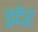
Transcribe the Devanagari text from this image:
इदेर